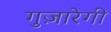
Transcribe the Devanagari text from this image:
गुज़ारेगी